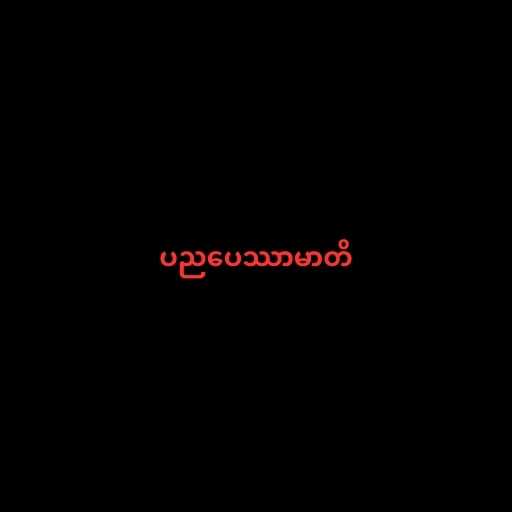
ပညပေဿာမာတိ